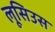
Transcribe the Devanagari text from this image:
लूसिउस